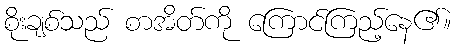
စိုးချစ်သည် စာအိတ်ကို ကြောင်ကြည့်နေ၏။